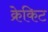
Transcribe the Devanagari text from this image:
क्रेकिट